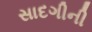
સાદગીની